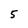
Character: 5